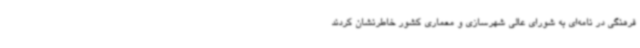
فرهنگی در نامه‌ای به شورای عالی شهرسازی و معماری کشور خاطرنشان کردند